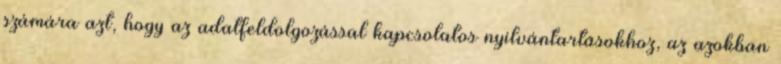
számára azt, hogy az adatfeldolgozással kapcsolatos nyilvántartásokhoz, az azokban